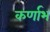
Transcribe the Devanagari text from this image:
कर्णाभ